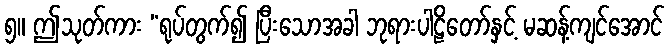
၅။ ဤသုတ်ကား “ရုပ်တွက်၍ ပြီးသောအခါ ဘုရားပါဠိတော်နှင့် မဆန့်ကျင်အောင်